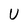
Character: U